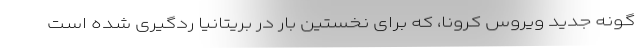
گونه جدید ویروس کرونا، که برای نخستین بار در بریتانیا ردگیری شده است